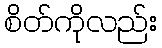
စိတ်ကိုလည်း